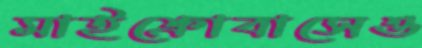
মাইক্রোবাসেও